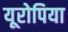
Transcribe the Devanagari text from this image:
यूरोपिया